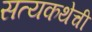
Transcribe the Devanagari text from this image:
सत्यकथेची